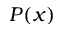
P ( x )